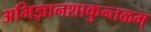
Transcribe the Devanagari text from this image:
अभिज्ञानशाकुन्तळम्